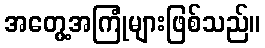
အတွေ့အကြုံများဖြစ်သည်။